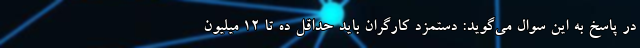
در پاسخ به این سوال می‌گوید: دستمزد کارگران باید حداقل ده تا ۱۲ میلیون